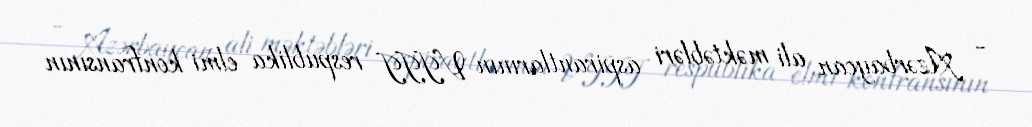
- Azərbaycan ali məktəbləri aspirantlarının VIII respublika elmi konfransının